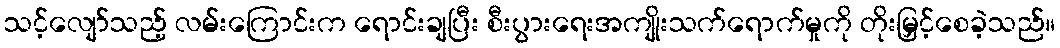
သင့်လျော်သည့် လမ်းကြောင်းက ရောင်းချပြီး စီးပွားရေးအကျိုးသက်ရောက်မှုကို တိုးမြှင့်စေခဲ့သည်။